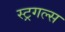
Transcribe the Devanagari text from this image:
स्ट्रगल्स